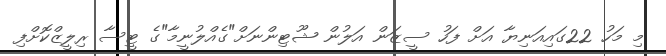
މި މަހު 22ގައިއަނިޔާ އަށް ފަހު ސީޒަން އަލުން ޝޫޓިންނަށް"ގެއްލުނީމާ"ގެ ޓީސާ ރިލީޒްކޮށްފި